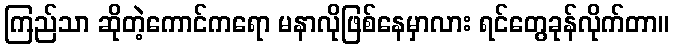
ကြည်သာ ဆိုတဲ့ကောင်ကရော မနာလိုဖြစ်နေမှာလား ရင်တွေခုန်လိုက်တာ။